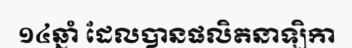
១៤ឆ្នាំ ដែលបានផលិតនាឡិកា